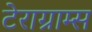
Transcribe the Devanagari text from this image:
टेराग्राम्स